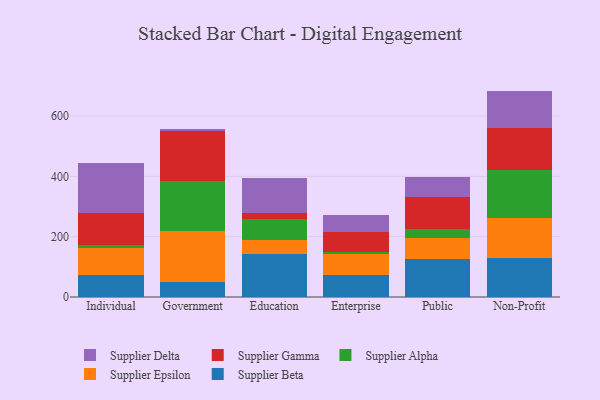
{"axis": {"x": "Segment", "y": "Website Visitors"}, "legend": ["Supplier Alpha", "Supplier Beta", "Supplier Delta", "Supplier Epsilon", "Supplier Gamma"], "data": [{"x": "Individual", "y": 72.8, "type": "Supplier Beta"}, {"x": "Individual", "y": 91.1, "type": "Supplier Epsilon"}, {"x": "Individual", "y": 7.8, "type": "Supplier Alpha"}, {"x": "Individual", "y": 105.5, "type": "Supplier Gamma"}, {"x": "Individual", "y": 165.7, "type": "Supplier Delta"}, {"x": "Government", "y": 50.2, "type": "Supplier Beta"}, {"x": "Government", "y": 168.7, "type": "Supplier Epsilon"}, {"x": "Government", "y": 166.2, "type": "Supplier Alpha"}, {"x": "Government", "y": 164.8, "type": "Supplier Gamma"}, {"x": "Government", "y": 7.6, "type": "Supplier Delta"}, {"x": "Education", "y": 142.8, "type": "Supplier Beta"}, {"x": "Education", "y": 46.6, "type": "Supplier Epsilon"}, {"x": "Education", "y": 70.0, "type": "Supplier Alpha"}, {"x": "Education", "y": 17.8, "type": "Supplier Gamma"}, {"x": "Education", "y": 116.8, "type": "Supplier Delta"}, {"x": "Enterprise", "y": 71.4, "type": "Supplier Beta"}, {"x": "Enterprise", "y": 71.1, "type": "Supplier Epsilon"}, {"x": "Enterprise", "y": 5.3, "type": "Supplier Alpha"}, {"x": "Enterprise", "y": 66.8, "type": "Supplier Gamma"}, {"x": "Enterprise", "y": 58.1, "type": "Supplier Delta"}, {"x": "Public", "y": 125.2, "type": "Supplier Beta"}, {"x": "Public", "y": 69.9, "type": "Supplier Epsilon"}, {"x": "Public", "y": 29.1, "type": "Supplier Alpha"}, {"x": "Public", "y": 108.9, "type": "Supplier Gamma"}, {"x": "Public", "y": 63.5, "type": "Supplier Delta"}, {"x": "Non-Profit", "y": 128.6, "type": "Supplier Beta"}, {"x": "Non-Profit", "y": 134.9, "type": "Supplier Epsilon"}, {"x": "Non-Profit", "y": 156.8, "type": "Supplier Alpha"}, {"x": "Non-Profit", "y": 140.7, "type": "Supplier Gamma"}, {"x": "Non-Profit", "y": 122.7, "type": "Supplier Delta"}]}